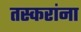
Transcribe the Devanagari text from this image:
तस्करांना